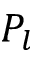
P _ { l }